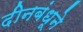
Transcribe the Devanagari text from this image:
दीनबंधूने